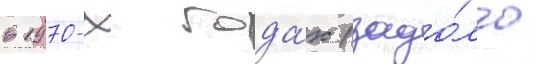
в 1970-х года́х (задо́лго